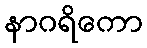
နာဂရိကော